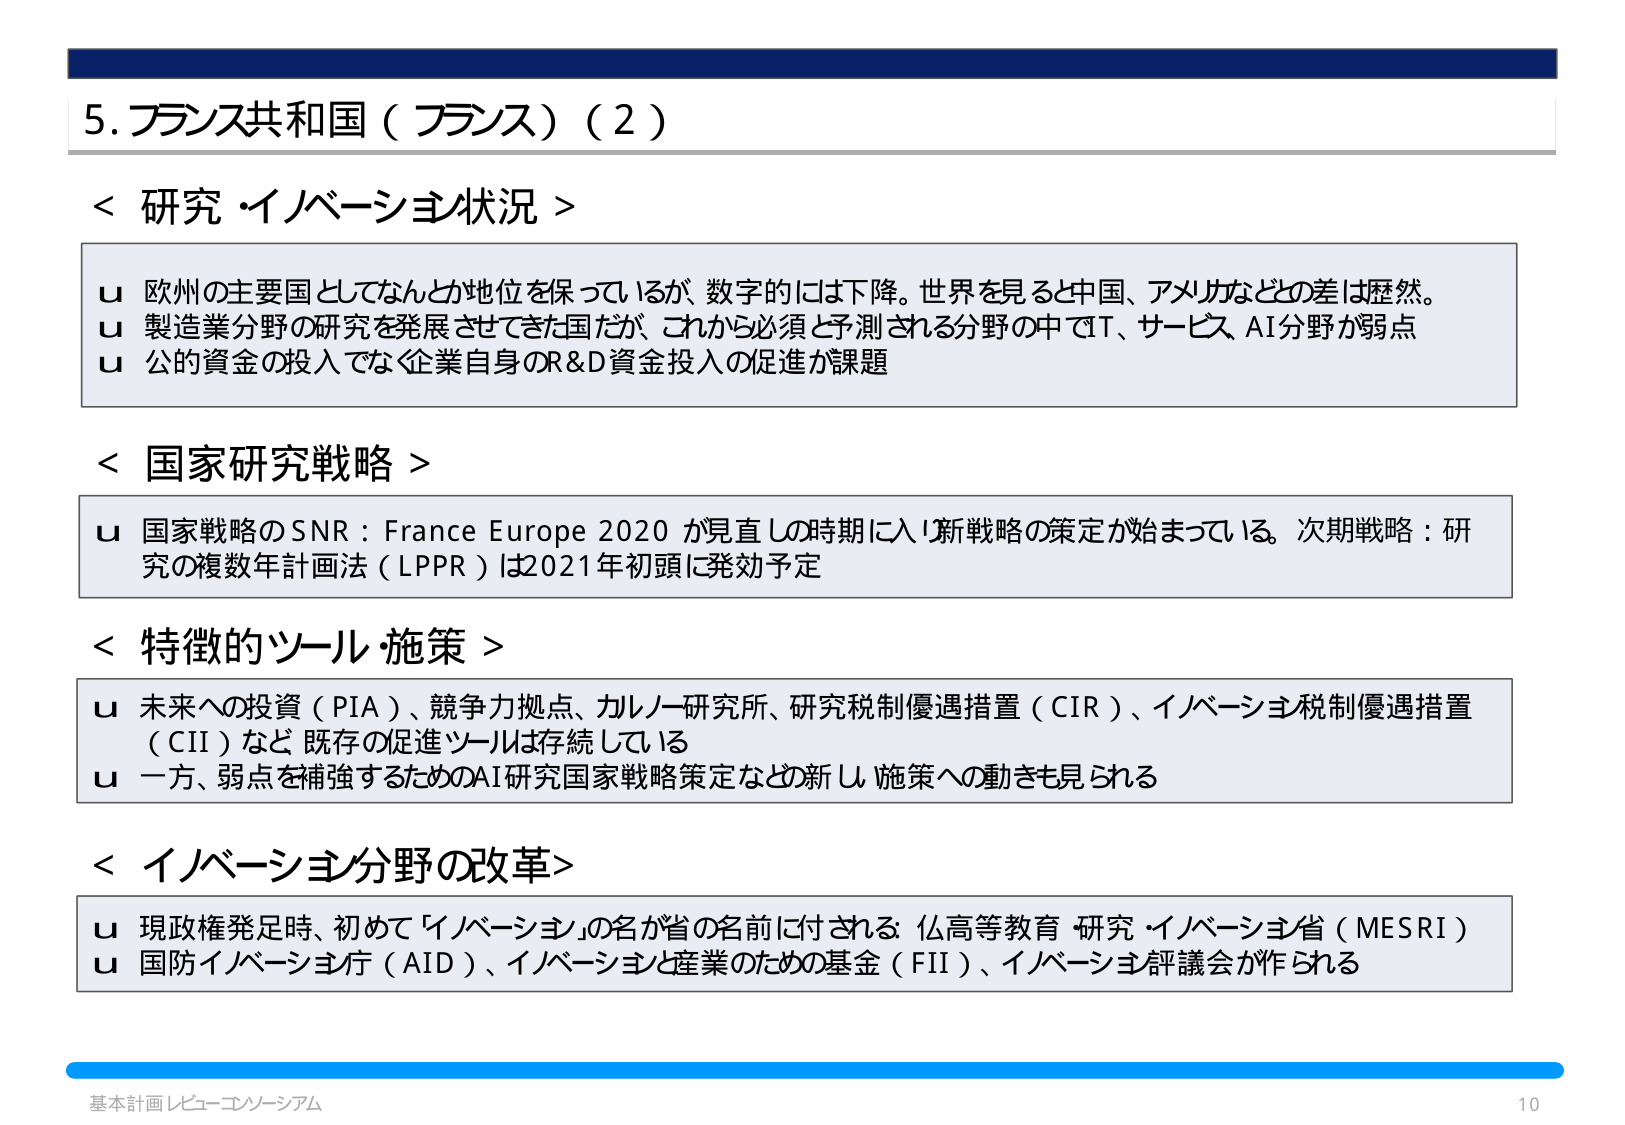
5. フランス共和国（フランス）（2）

＜研究・イノベーション状況＞
u 欧州の主要国としてなんとか地位を保っているが、数字的には下降。世界を見ると中国、アメリカなどとの差は歴然。
u 製造業分野の研究を発展させてきた国だが、これから必須と予測される分野の中でIT、サービス、AI分野が弱点
u 公的資金の投入ではなく企業自身のR&D資金投入の促進が課題

＜国家研究戦略＞
u 国家戦略のSNR：France Europe 2020 が見直しの時期に入り新戦略の策定が始まっている。次期戦略：研究の複数年計画法（LPPR）は2021年初頭に発効予定

＜特徴的ツール・施策＞
u 未来への投資（PIA）、競争力拠点、カレノー研究所、研究税制優遇措置（CIR）、イノベーション税制優遇措置（CII）など既存の促進ツールは存続している
u 一方、弱点を補強するためのAI研究国家戦略策定など新しい施策への動きも見られる

＜イノベーション分野の改革＞
u 現政権発足時、初めて「イノベーション」の名が省の名前に付される：仏高等教育・研究・イノベーション省（MESRI）
u 国防イノベーション庁（AID）、イノベーションと産業のための基金（FII）、イノベーション評議会が作られる

基本計画レビュー・コンソーシアム
10